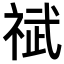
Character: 𫀐